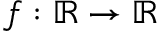
f : \mathbb { R } \to \mathbb { R }